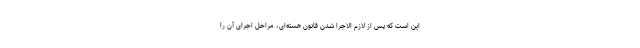
این است که پس از لازم الاجرا شدن قانون هسته‌ای، مراحل اجرای آن را